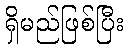
ရှိမည်ဖြစ်ပြီး